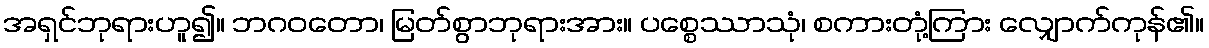
အရှင်ဘုရားဟူ၍။ ဘဂဝတော၊ မြတ်စွာဘုရားအား။ ပစ္စေဿာသုံ၊ စကားတုံ့ကြား လျှောက်ကုန်၏။